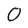
Character: 0